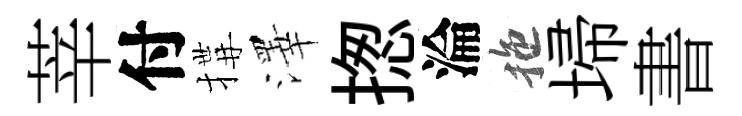
莘付搆澤揔淪拖埽書